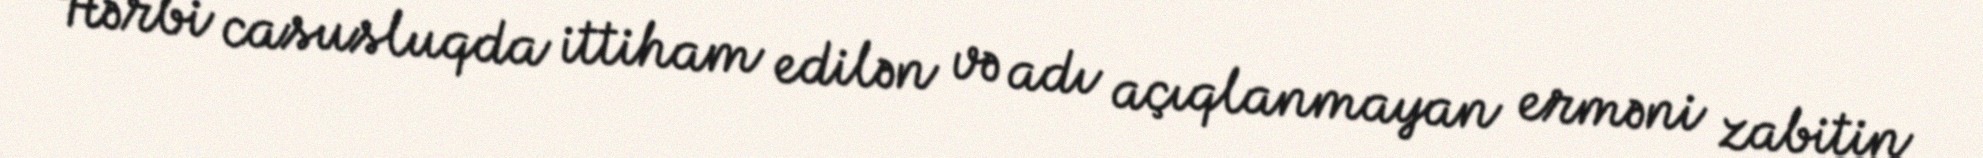
Hərbi casusluqda ittiham edilən və adı açıqlanmayan erməni zabitin